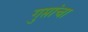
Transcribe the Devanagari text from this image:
गुप्तांचा